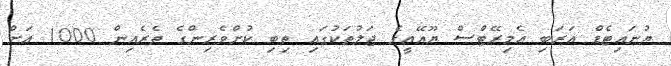
ޔުނައިޓެޑް އަރަބި އެމިރޭޓްސް ޔޫއޭއީގެ ޖަލުތަކުގައި ތިބި ކުށްވެރިންގެ ތެރެއިން 1000 އަށް